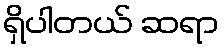
ရှိပါတယ် ဆရာ